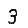
Digit: 3